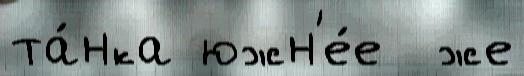
та́нка южн'е́е  же